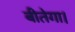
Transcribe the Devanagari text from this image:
बीतेगा।